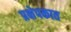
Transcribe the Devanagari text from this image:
प्रक्षेपकात